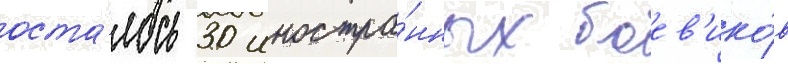
оста́лось 30 иностра́нных боев'ико́в